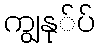
ကျွနု်ပ်